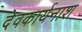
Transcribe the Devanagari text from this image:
देवकार्यनाश